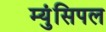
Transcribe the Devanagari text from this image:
म्युंसिपल